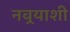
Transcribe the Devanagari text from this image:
नवर्‍याशी